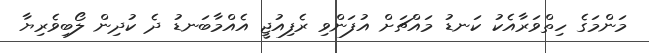
މަންމަގެ ހިތްވަރާއެކު ކަނޑު މައްޗަށް އުފަންވި ރެފިއުޖީ އެއްމާބަނޑު ދެ ކުދިން ލޯބިވެރިޔާ